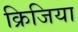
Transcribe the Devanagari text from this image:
क्रिजिया